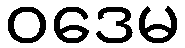
ဝဒေမ